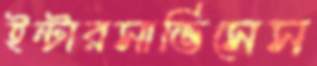
ইন্টারসার্ভিসেস